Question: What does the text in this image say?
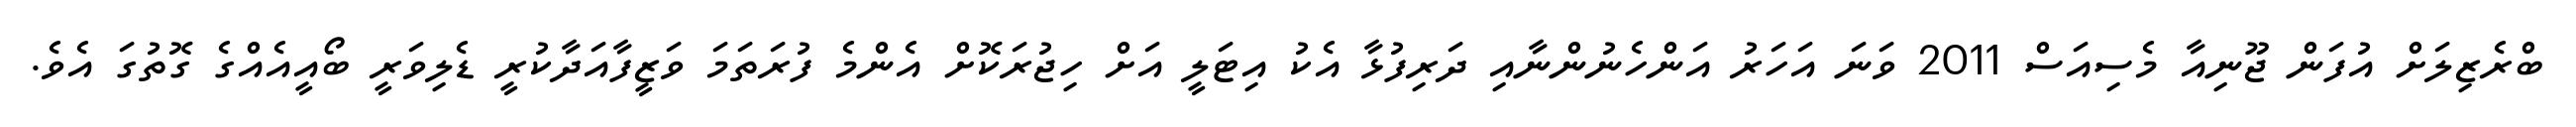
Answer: ބްރެޒިލަށް އުފަން ޖޫނިއާ މެސިއަސް 2011 ވަނަ އަހަރު އަންހެނުންނާއި ދަރިފުޅާ އެކު އިޓަލީ އަށް ހިޖުރަކޮށް އެންމެ ފުރަތަމަ ވަޒީފާއަދާކުރީ ޑެލިވަރީ ބޯއީއެއްގެ ގޮތުގަ އެވެ.